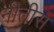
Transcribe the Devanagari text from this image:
नीतीस